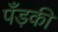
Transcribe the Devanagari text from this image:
पँड़की